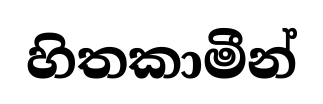
හිතකාමීන්